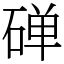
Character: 䃅